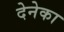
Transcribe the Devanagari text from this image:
देनेका